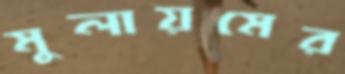
মুলায়মের